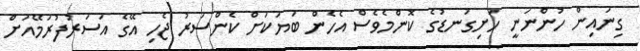
ގިނައިން ހުންނަނީ ހަށިގަނޑުގެ ކޮންމެވެސް އެހެން ބަޔަކަށް ކެންސަރު ޖެހި އޭގެ އަސަރުފުރަމޭއަށް